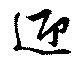
迎